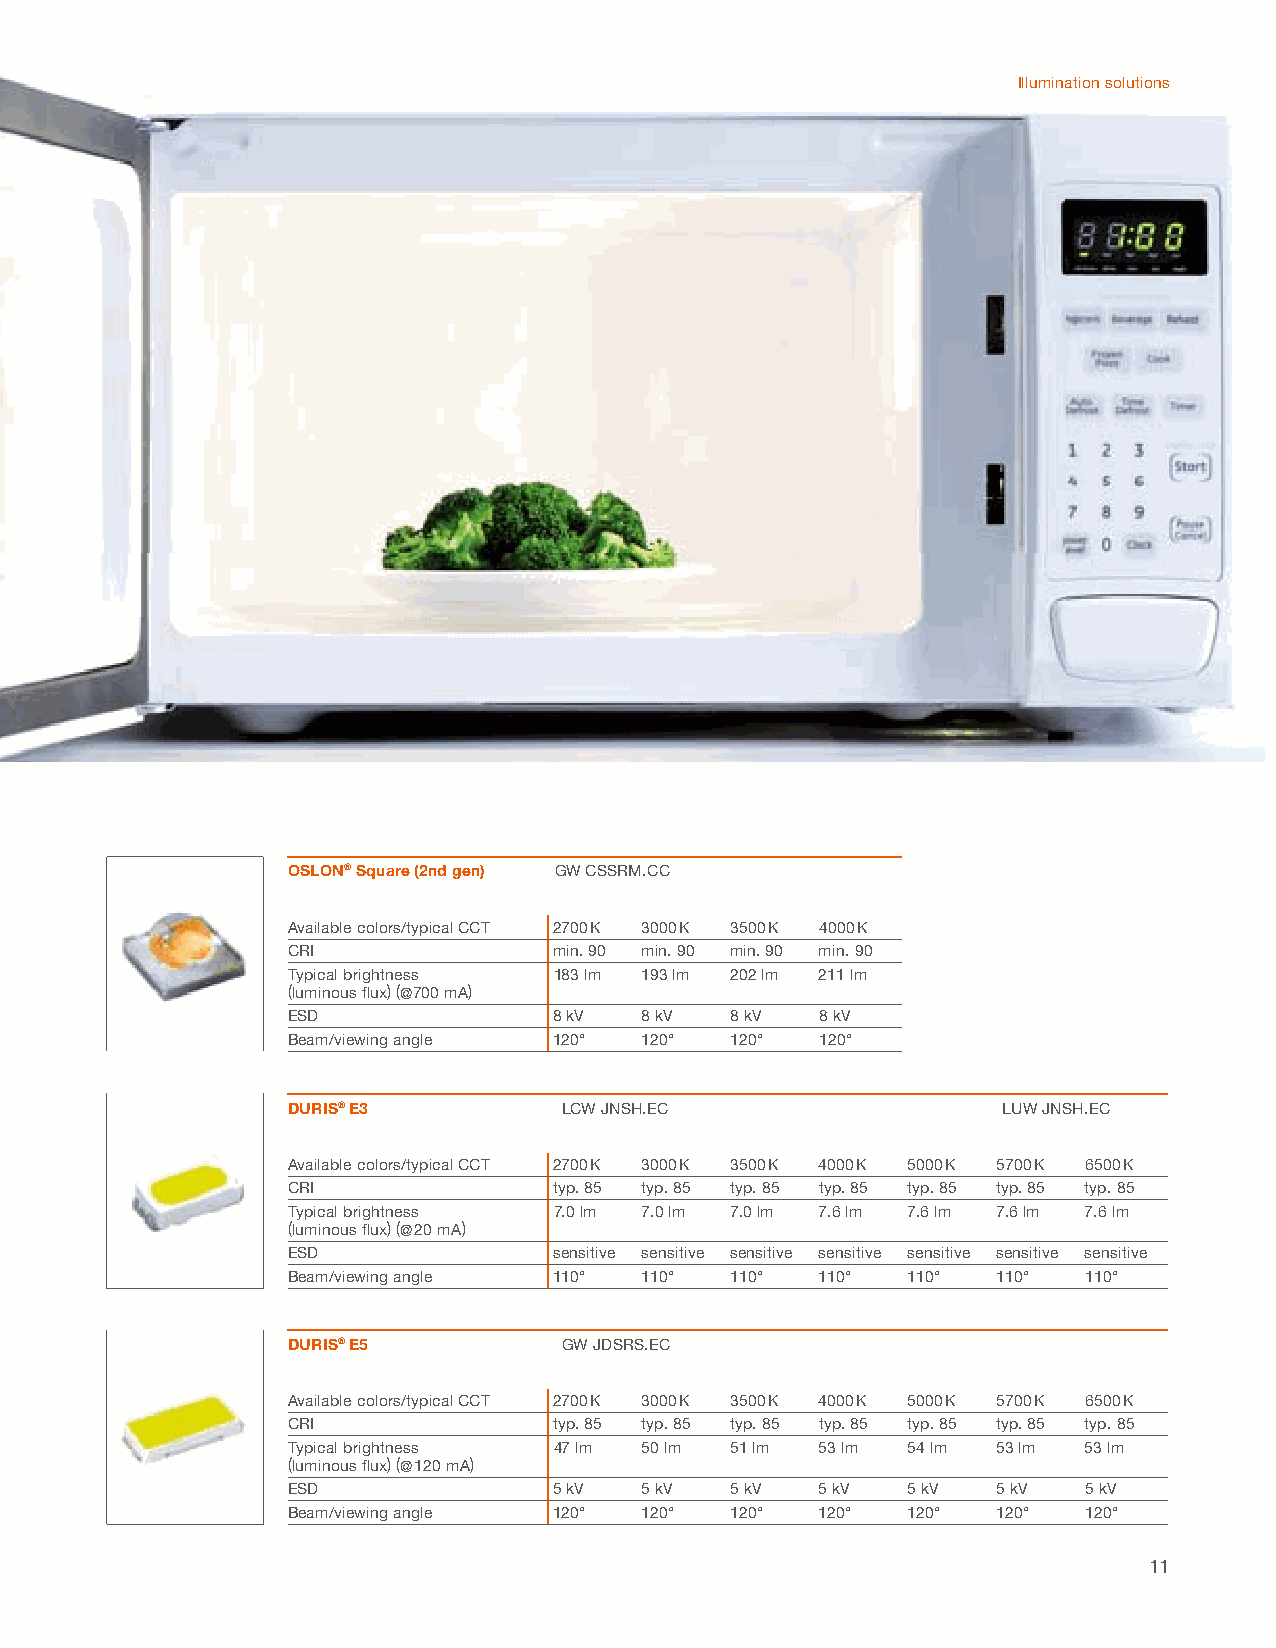
Illumination solutions
 OSLON® Square (2nd gen) GW CSSRM.CC
 Available colors/typical CCT 2700 K 3000 K 3500 K 4000 K
 CRI               min. 90 min. 90 min. 90 min. 90
 Typical brightness 183 lm 193 lm 202 lm 211 lm
 (luminous fl ux) (@700 mA)
 ESD               8 kV  8 kV 8 kV  8 kV
 Beam/viewing angle 120° 120° 120°  120°
 DURIS® E3         LCW JNSH.EC                  LUW JNSH.EC
 Available colors/typical CCT 2700 K 3000 K 3500 K 4000 K 5000 K 5700 K 6500 K
 CRI               typ. 85 typ. 85 typ. 85 typ. 85 typ. 85 typ. 85 typ. 85
 Typical brightness 7.0 lm 7.0 lm 7.0 lm 7.6 lm 7.6 lm 7.6 lm 7.6 lm
 (luminous fl ux) (@ 20 mA)
 ESD               sensitive sensitive sensitive sensitive sensitive sensitive sensitive
 Beam/viewing angle 110° 110° 110°  110°  110°  110°  110°
 DURIS® E5         GW JDSRS.EC
 Available colors/typical CCT 2700 K 3000 K 3500 K 4000 K 5000 K 5700 K 6500 K
 CRI               typ. 85 typ. 85 typ. 85 typ. 85 typ. 85 typ. 85 typ. 85
 Typical brightness 47 lm 50 lm 51 lm 53 lm 54 lm 53 lm 53 lm
 (luminous fl ux) (@ 120 mA)
 ESD               5 kV  5 kV 5 kV  5 kV  5 kV  5 kV  5 kV
 Beam/viewing angle 120° 120° 120°  120°  120°  120°  120°
 11